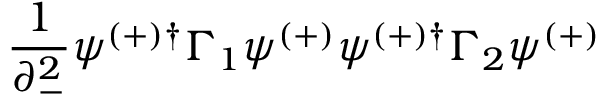
\frac { 1 } { \partial _ { - } ^ { 2 } } \psi ^ { ( + ) \dagger } \Gamma _ { 1 } \psi ^ { ( + ) } \psi ^ { ( + ) \dagger } \Gamma _ { 2 } \psi ^ { ( + ) }